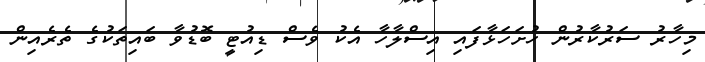
މިހާރު ސަރުކާރުން ހުށަހަޅާފައި އިސްލާހާ އެކު ވެސް ޑިއުޓީ ބޮޑުވާ ބައިތަކުގެ ތެރެއިން